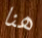
هنا